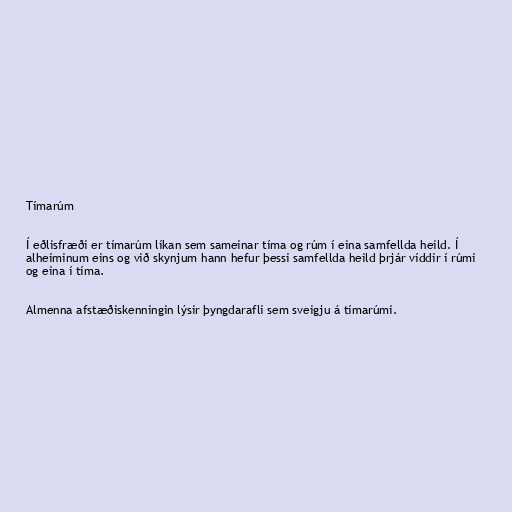
Tímarúm

Í eðlisfræði er tímarúm líkan sem sameinar tíma og rúm í eina samfellda heild. Í
alheiminum eins og við skynjum hann hefur þessi samfellda heild þrjár víddir í rúmi
og eina í tíma.

Almenna afstæðiskenningin lýsir þyngdarafli sem sveigju á tímarúmi.